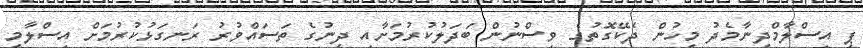
ޕީ އިސްލާމްދީނާމެދު މީހުން ދެކޭގޮތުގެ ވިސްނުން ބަދަލުކުރުމަށާއި ދީނުގެ ތަސައްވުރު ރަނގަޅުކުރުމަށް އިސްލާމީ